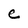
Character: e